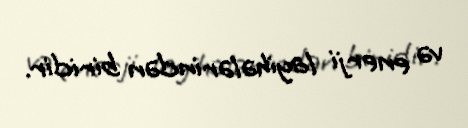
və enerji layihələrindən biridir.